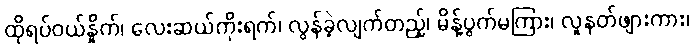
ထိုရပ်ဝယ်နှိုက်၊ လေးဆယ်ကိုးရက်၊ လွန်ခဲ့လျက်တည့်၊ မိန့်ပွက်မကြား၊ လူနတ်ဖျားကား၊